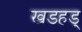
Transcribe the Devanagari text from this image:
खडहड्